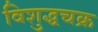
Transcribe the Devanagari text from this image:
विशुद्धचक्र